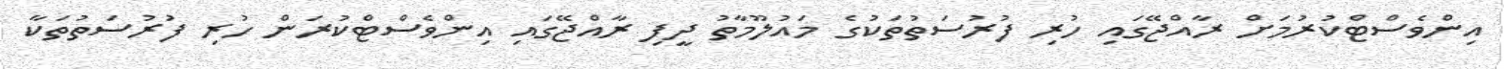
އިންވެސްޓްކުރުމަށް ރާއްޖޭގައި ހުރި ފުރުސަތުތަކުގެ މައުލޫމާތު ދީފި ރާއްޖޭގައި އިންވެސްޓްކުރަން ހުރި ފުރުސަތުތަކާ